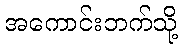
အကောင်းဘက်သို့